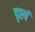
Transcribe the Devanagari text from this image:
दृश्यं